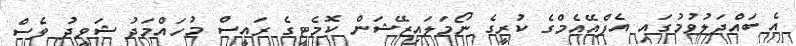
އެ ބައްދަލުވުމުގައި އެފްއޭއެމްގެ ކުރީގެ ނޯމަލައިޒޭޝަން ކޮމެޓީގެ ރައީސް މުހައްމަދު ޝަވީދު ވެސް